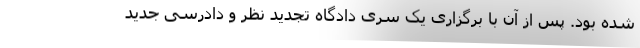
شده بود. پس از آن با برگزاری یک سری دادگاه تجدید نظر و دادرسی جدید